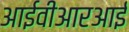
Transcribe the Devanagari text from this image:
आईवीआरआई